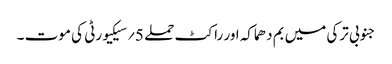
جنوبی ترکی میں بم دھماکہ اور راکٹ حملے 5؍سیکیورٹی کی موت ۔